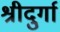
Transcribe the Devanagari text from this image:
श्रीदुर्गा